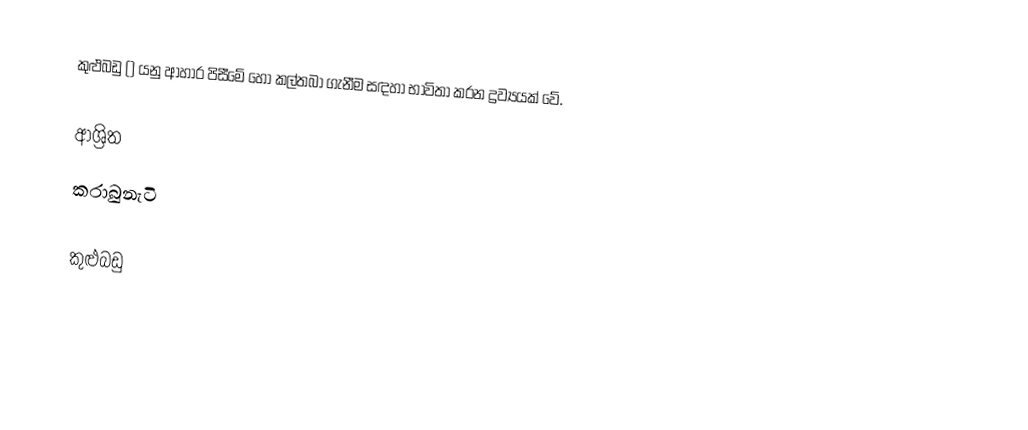
කුළුබඩු () යනු ආහාර පිසීමේ හෝ කල්තබා ගැනීම සඳහා භාවිතා කරන ද්‍රව්‍යයක් වේ.

ආශ්‍රිත
කරාබුනැටි

කුළුබඩු